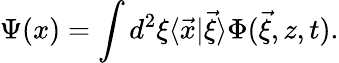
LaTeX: \Psi(x)=\int d^{2}\xi\langle\vec{x}|\vec{\xi}\rangle\Phi(\vec{\xi},z,t).